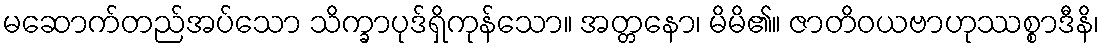
မဆောက်တည်အပ်သော သိက္ခာပုဒ်ရှိကုန်သော။ အတ္တနော၊ မိမိ၏။ ဇာတိဝယဗာဟုဿစ္စာဒီနိ၊